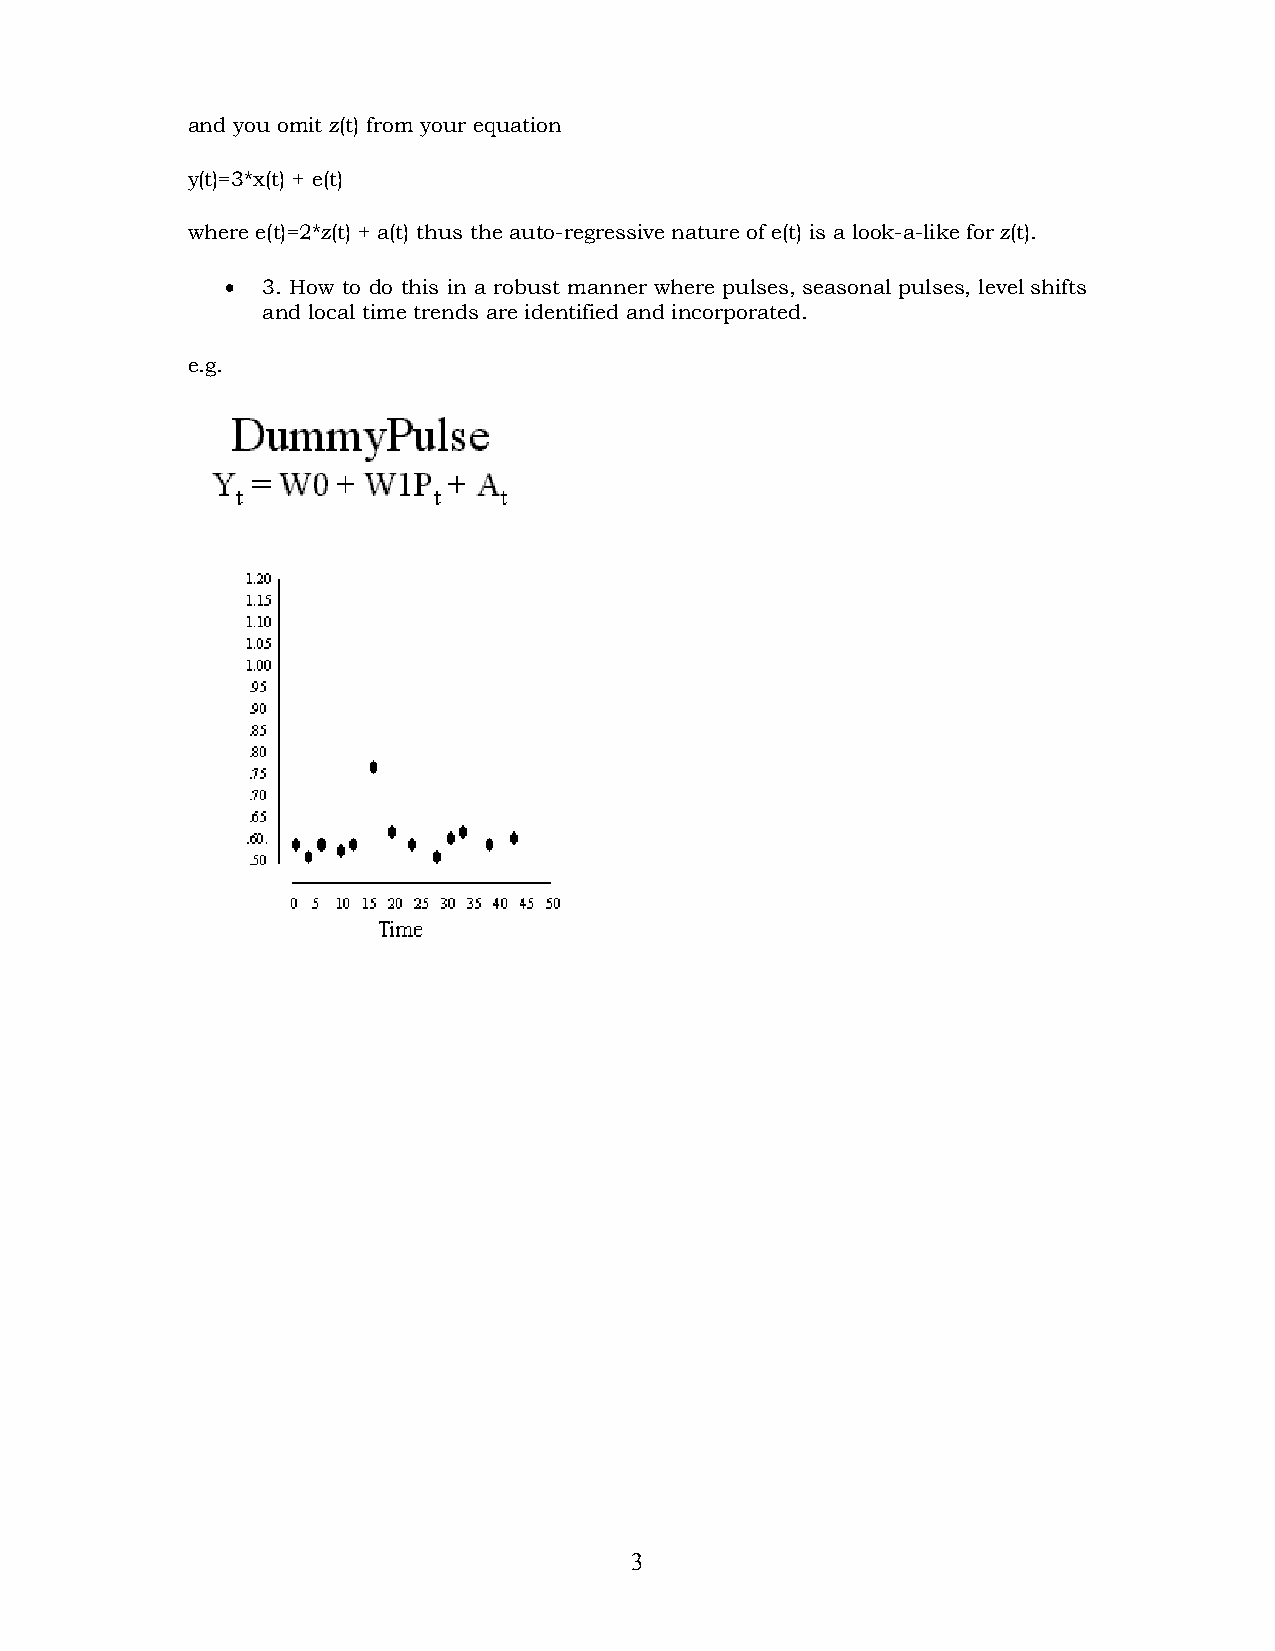
and you omit z(t) from your equation
 y(t)=3*x(t) + e(t)
 where e(t)=2*z(t) + a(t) thus the auto-regressive nature of e(t) is a look-a-like for z(t).
 • 3. How to do this in a robust manner where pulses, seasonal pulses, level shifts
 and local time trends are identified and incorporated.
 e.g.
 3